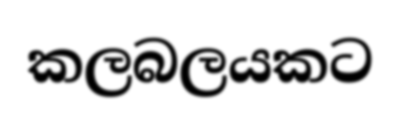
කලබලයකට